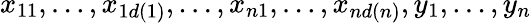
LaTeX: x_{11},\dots,x_{1d(1)},\dots,x_{n1},\dots,x_{nd(n)},y_{1},\dots,y_{n}